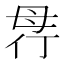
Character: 𣫲